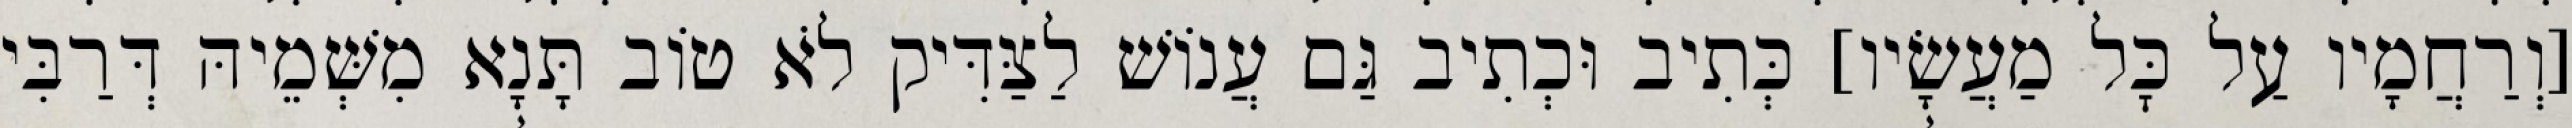
[וְרַחֲמָיו עַל כׇּל מַעֲשָׂיו] כְּתִיב וּכְתִיב גַּם עֲנוֹשׁ לַצַּדִּיק לֹא טוֹב תָּנָא מִשְּׁמֵיהּ דְּרַבִּי